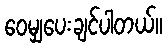
ဝေမျှပေးချင်ပါတယ်။